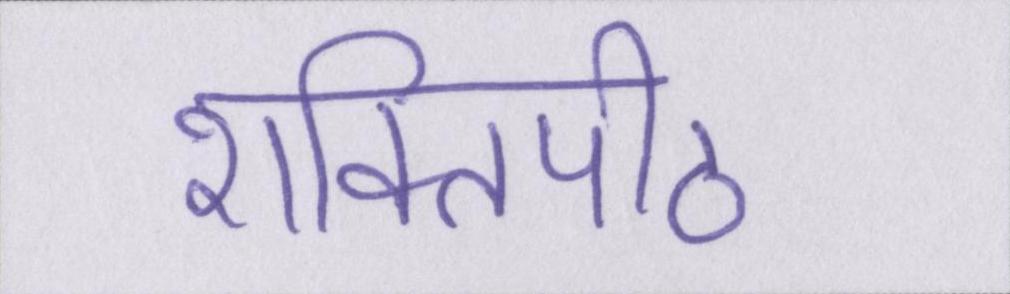
शक्तिपीठ